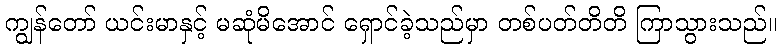
ကျွန်တော် ယင်းမာနှင့် မဆုံမိအောင် ရှောင်ခဲ့သည်မှာ တစ်ပတ်တိတိ ကြာသွားသည်။